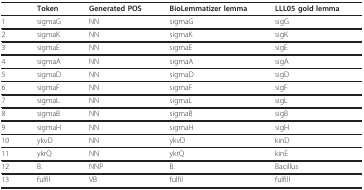
|  | Token | Generated POS | BioLemmatizer lemma | LLL05 gold lemma |
 | --- | --- | --- | --- | --- |
 | 1 | sigmaG | NN | sigmaG | sigG |
 | 2 | sigmaK | NN | sigmaK | sigK |
 | 3 | sigmaE | NN | sigmaE | sigE |
 | 4 | sigmaA | NN | sigmaA | sigA |
 | 5 | sigmaD | NN | sigmaD | sigD |
 | 6 | sigmaF | NN | sigmaF | sigF |
 | 7 | sigmaL | NN | sigmaL | sigL |
 | 8 | sigmaB | NN | sigmaB | sigB |
 | 9 | sigmaH | NN | sigmaH | sigH |
 | 10 | ykvD | NN | ykvD | kinD |
 | 11 | ykrQ | NN | ykrQ | kinE |
 | 12 | B. | NNP | B. | Bacillus |
 | 13 | fulfil | VB | fulfil | fulfill |